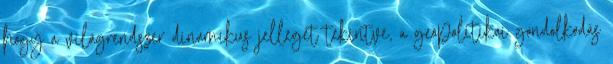
hogy a világrendszer dinamikus jellegét tekintve, a geopolitikai gondolkodás